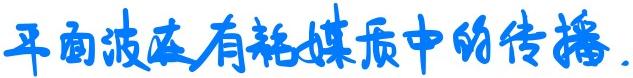
平面波在有耗媒质中的传播.